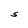
Character: S